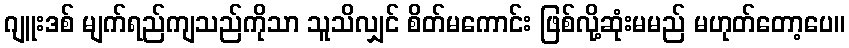
ဂျူးဒစ် မျက်ရည်ကျသည်ကိုသာ သူသိလျှင် စိတ်မကောင်း ဖြစ်လို့ဆုံးမမည် မဟုတ်တော့ပေ။